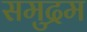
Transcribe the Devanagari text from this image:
समुद्रम